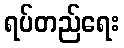
ရပ်တည်ရေး